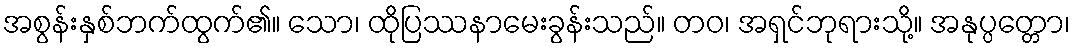
အစွန်းနှစ်ဘက်ထွက်၏။ သော၊ ထိုပြဿနာမေးခွန်းသည်။ တဝ၊ အရှင်ဘုရားသို့။ အနုပ္ပတ္တော၊